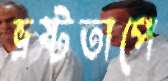
ভ্রষ্টতাপে